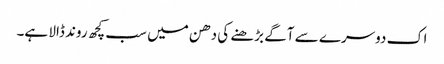
اک دوسرے سے آگے بڑھنے کی دھن میں سب کچھ روند ڈالا ہے۔